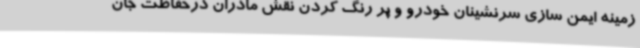
زمینه ایمن سازی سرنشینان خودرو و پر رنگ کردن نقش مادران درحفاظت جان